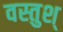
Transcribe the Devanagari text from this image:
वस्तुश्